Report on plague and inoculation in the Punjab from October 1st ... to September 30th..., being the ... season of plague in the province
Disease focus: Plague
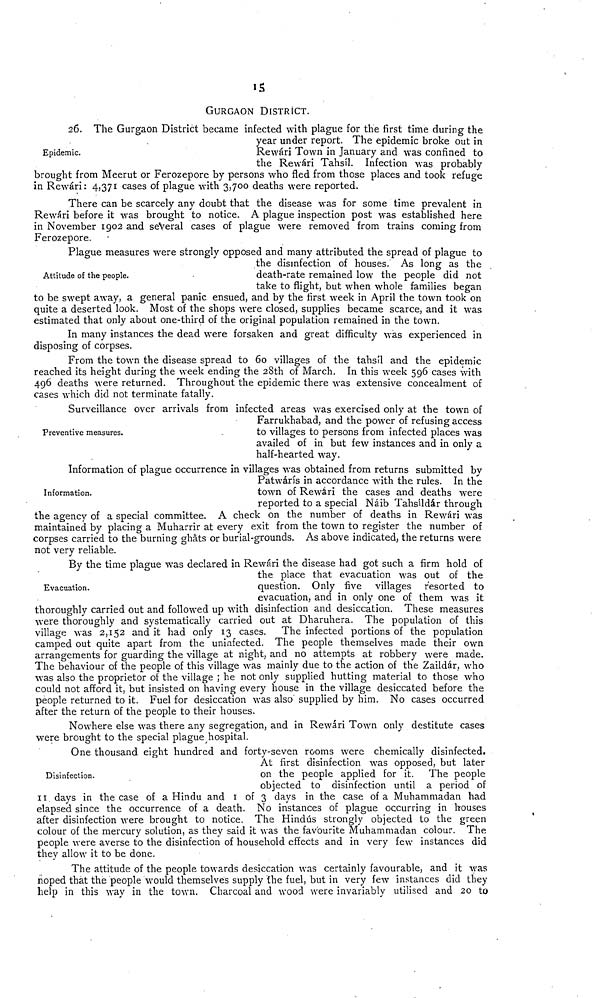
15
GURGAON DISTRICT.
Epidemic.
26. The Gurgaon District became infected with plague for the first time during the
year under report. The epidemic broke out in
Ŕewári Town in January and was confined to
the Ŕewári Tahsíl. Infection was probably
brought from Meerut or Ferozepore by persons who fled from those places and took refuge
in Ŕewári: 4,371 cases of plague with 3,700 deaths were reported.
There can be scarcely any doubt that the disease was for some time prevalent in
Ŕewári before it was brought to notice. A plague inspection post was established here
in November 1902 and several cases of plague were removed from trains coming from
Ferozepore.
Attitude of the people.
Plague measures were strongly opposed and many attributed the spread of plague to
the disinfection of houses. As long as the
death-rate remained low the people did not
take to flight, but when whole families began
to be swept away, a general panic ensued, and by the first week in April the town took on
quite a deserted look. Most of the shops were closed, supplies became scarce, and it was
estimated that only about one-third of the original population remained in the town.
In many instances the dead were forsaken and great difficulty was experienced in
disposing of corpses.
From the town the disease spread to 60 villages of the tahsíl and the epidemic
reached its height during the week ending the 28th of March. In this week 596 cases with
496 deaths were returned. Throughout the epidemic there was extensive concealment of
cases which did not terminate fatally.
Preventive measures.
Surveillance over arrivals from infected areas was exercised only at the town of
Farrukhabad, and the power of refusing access
to villages to persons from infected places was
availed of in but few instances and in only a
half-hearted way.
Information.
Information of plague occurrence in villages was obtained from returns submitted by
Patwárís in accordance with the rules. In the
town of Ŕewári the cases and deaths were
reported to a special Náib Tahsildár through
the agency of a special committee. A check on the number of deaths in Ŕewári was
maintained by placing a Muharrir at every exit from the town to register the number of
corpses carried to the burning ghâts or burial-grounds. As above indicated, the returns were
not very reliable.
Evacuation.
By the time plague was declared in Ŕewári the disease had got such a firm hold of
the place that evacuation was out of the
question. Only five villages resorted to
evacuation, and in only one of them was it
thoroughly carried out and followed up with disinfection and desiccation. These measures
were thoroughly and systematically carried out at Dharuhera. The population of this
village was 2,152 and it had only 13 cases. The infected portions of the population
camped out quite apart from the uninfected. The people themselves made their own
arrangements for guarding the village at night, and no attempts at robbery were made.
The behaviour of the people of this village was mainly due to the action of the Zaildár, who
was also the proprietor of the village ; he not only supplied hutting material to those who
could not afford it, but insisted on having every house in the village desiccated before the
people returned to it. Fuel for desiccation was also supplied by him. No cases occurred
after the return of the people to their houses.
Nowhere else was there any segregation, and in Ŕewári Town only destitute cases
were brought to the special plague hospital.
Disinfection.
One thousand eight hundred and forty-seven rooms were chemically disinfected.
At first disinfection was opposed, but later
on the people applied for it. The people
objected to disinfection until a period of
11 days in the case of a Hindu and 1 of 3 days in the case of a Muhammadan had
elapsed since the occurrence of a death. No instances of plague occurring in houses
after disinfection were brought to notice. The Hindus strongly objected to the green
colour of the mercury solution, as they said it was the favourite Muhammadan colour. The
people were averse to the disinfection of household effects and in very few instances did
they allow it to be done.
The attitude of the people towards desiccation was certainly favourable, and it was
hoped that the people would themselves supply the fuel, but in very few instances did they
help in this way in the town. Charcoal and wood were invariably utilised and 20 to